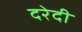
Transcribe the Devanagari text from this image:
दरेदी